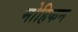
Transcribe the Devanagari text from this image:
मोहिकन